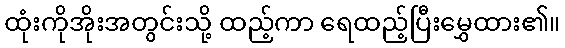
ထုံးကိုအိုးအတွင်းသို့ ထည့်ကာ ရေထည့်ပြီးမွှေထား၏။